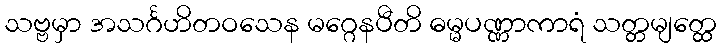
သဗ္ဗမှာ အသင်္ဂဟိတဝသေန မဂ္ဂေနပီတိ ဓမ္မပဏ္ဏာကာရံ သတ္တမျတ္ထေ